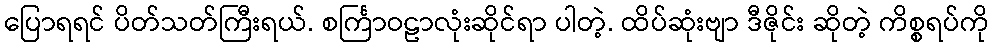
ပြောရရင် ပိတ်သတ်ကြီးရယ်. စင်္ကြာဝဠာလုံးဆိုင်ရာ ပါတဲ့. ထိပ်ဆုံးဗျာ ဒီဇိုင်း ဆိုတဲ့ ကိစ္စရပ်ကို